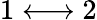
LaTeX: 1\longleftrightarrow 2